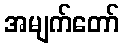
အမျက်တော်